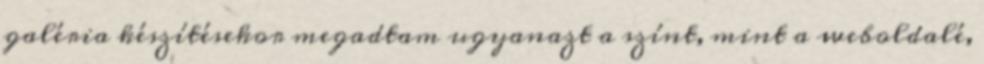
galéria készítésekor megadtam ugyanazt a színt, mint a weboldalé,